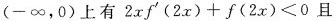
(-\infty，0)上有$$2xf^{\prime}(2x)+f(2x)<0$$且